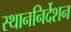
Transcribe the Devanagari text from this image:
स्थाननिर्देशन